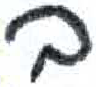
אות: ב